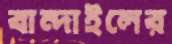
বান্দাইলের